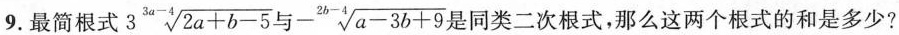
9.最简根式$$3 \sqrt[3a-4]{2a+b-5}$$与$$-\sqrt[2b-4]{a-3b+9}$$是同类二次根式，那么这两个根式的和是多少?